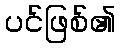
ပင်ဖြစ်၏